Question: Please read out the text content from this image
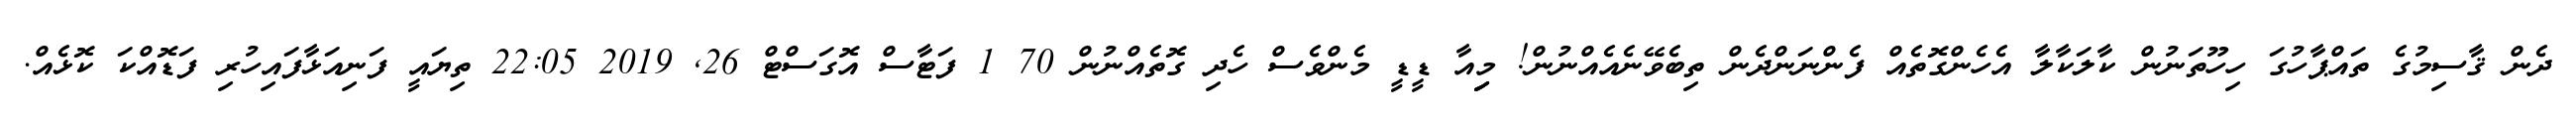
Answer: ދެން ޤާސިމުގެ ތައްޕާހުގަ ހިހޫތަނުން ކާލަކާލާ އެހެންގޮތެއް ފެންނަންދެން ތިބެވޭނެއެއްނުން! މިިިއާ ޑީޑީ މެންވެސް ހެދި ގޮތެއްނުން 70 1 ފަޓާސް އޮގަސްޓް 26, 2019 22:05 ތިޔައީ ފަނިއަޅާފައިހުރި ފަޑޮއްކަ ކޮޅެއް.